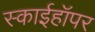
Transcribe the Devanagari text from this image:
स्काईहॉपर